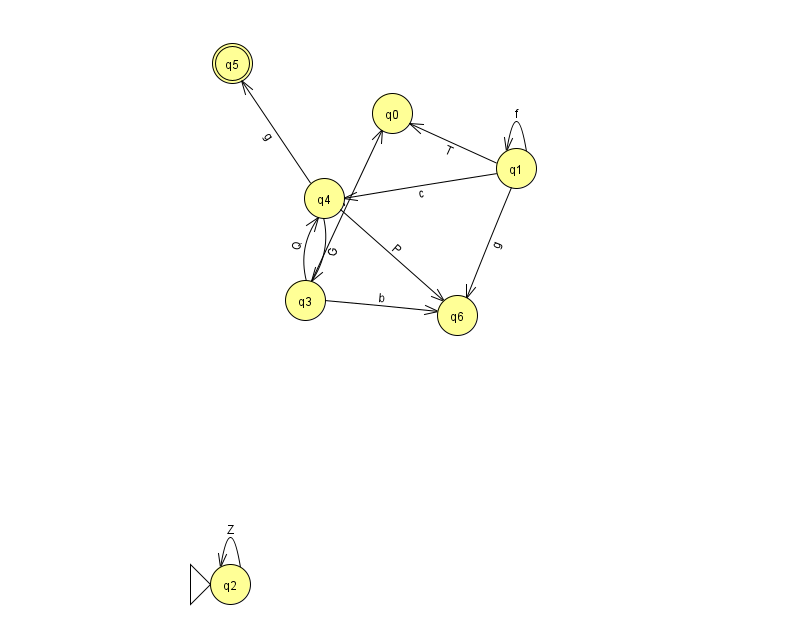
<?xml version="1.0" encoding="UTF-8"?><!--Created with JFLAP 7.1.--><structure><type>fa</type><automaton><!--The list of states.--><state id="0" name="q0"><x>392.0</x><y>100.0</y></state><state id="1" name="q1"><x>516.0</x><y>155.0</y></state><state id="2" name="q2"><x>230.0</x><y>571.0</y><initial/></state><state id="3" name="q3"><x>305.0</x><y>287.0</y></state><state id="4" name="q4"><x>324.0</x><y>185.0</y></state><state id="5" name="q5"><x>232.0</x><y>50.0</y><final/></state><state id="6" name="q6"><x>457.0</x><y>302.0</y></state><!--The list of transitions.--><transition><from>4</from><to>6</to><read>P</read></transition><transition><from>1</from><to>1</to><read>f</read></transition><transition><from>1</from><to>0</to><read>T</read></transition><transition><from>1</from><to>4</to><read>c</read></transition><transition><from>3</from><to>0</to><read>j</read></transition><transition><from>3</from><to>6</to><read>b</read></transition><transition><from>2</from><to>2</to><read>Z</read></transition><transition><from>3</from><to>4</to><read>Q</read></transition><transition><from>4</from><to>5</to><read>g</read></transition><transition><from>1</from><to>6</to><read>g</read></transition><transition><from>4</from><to>3</to><read>G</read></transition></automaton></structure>